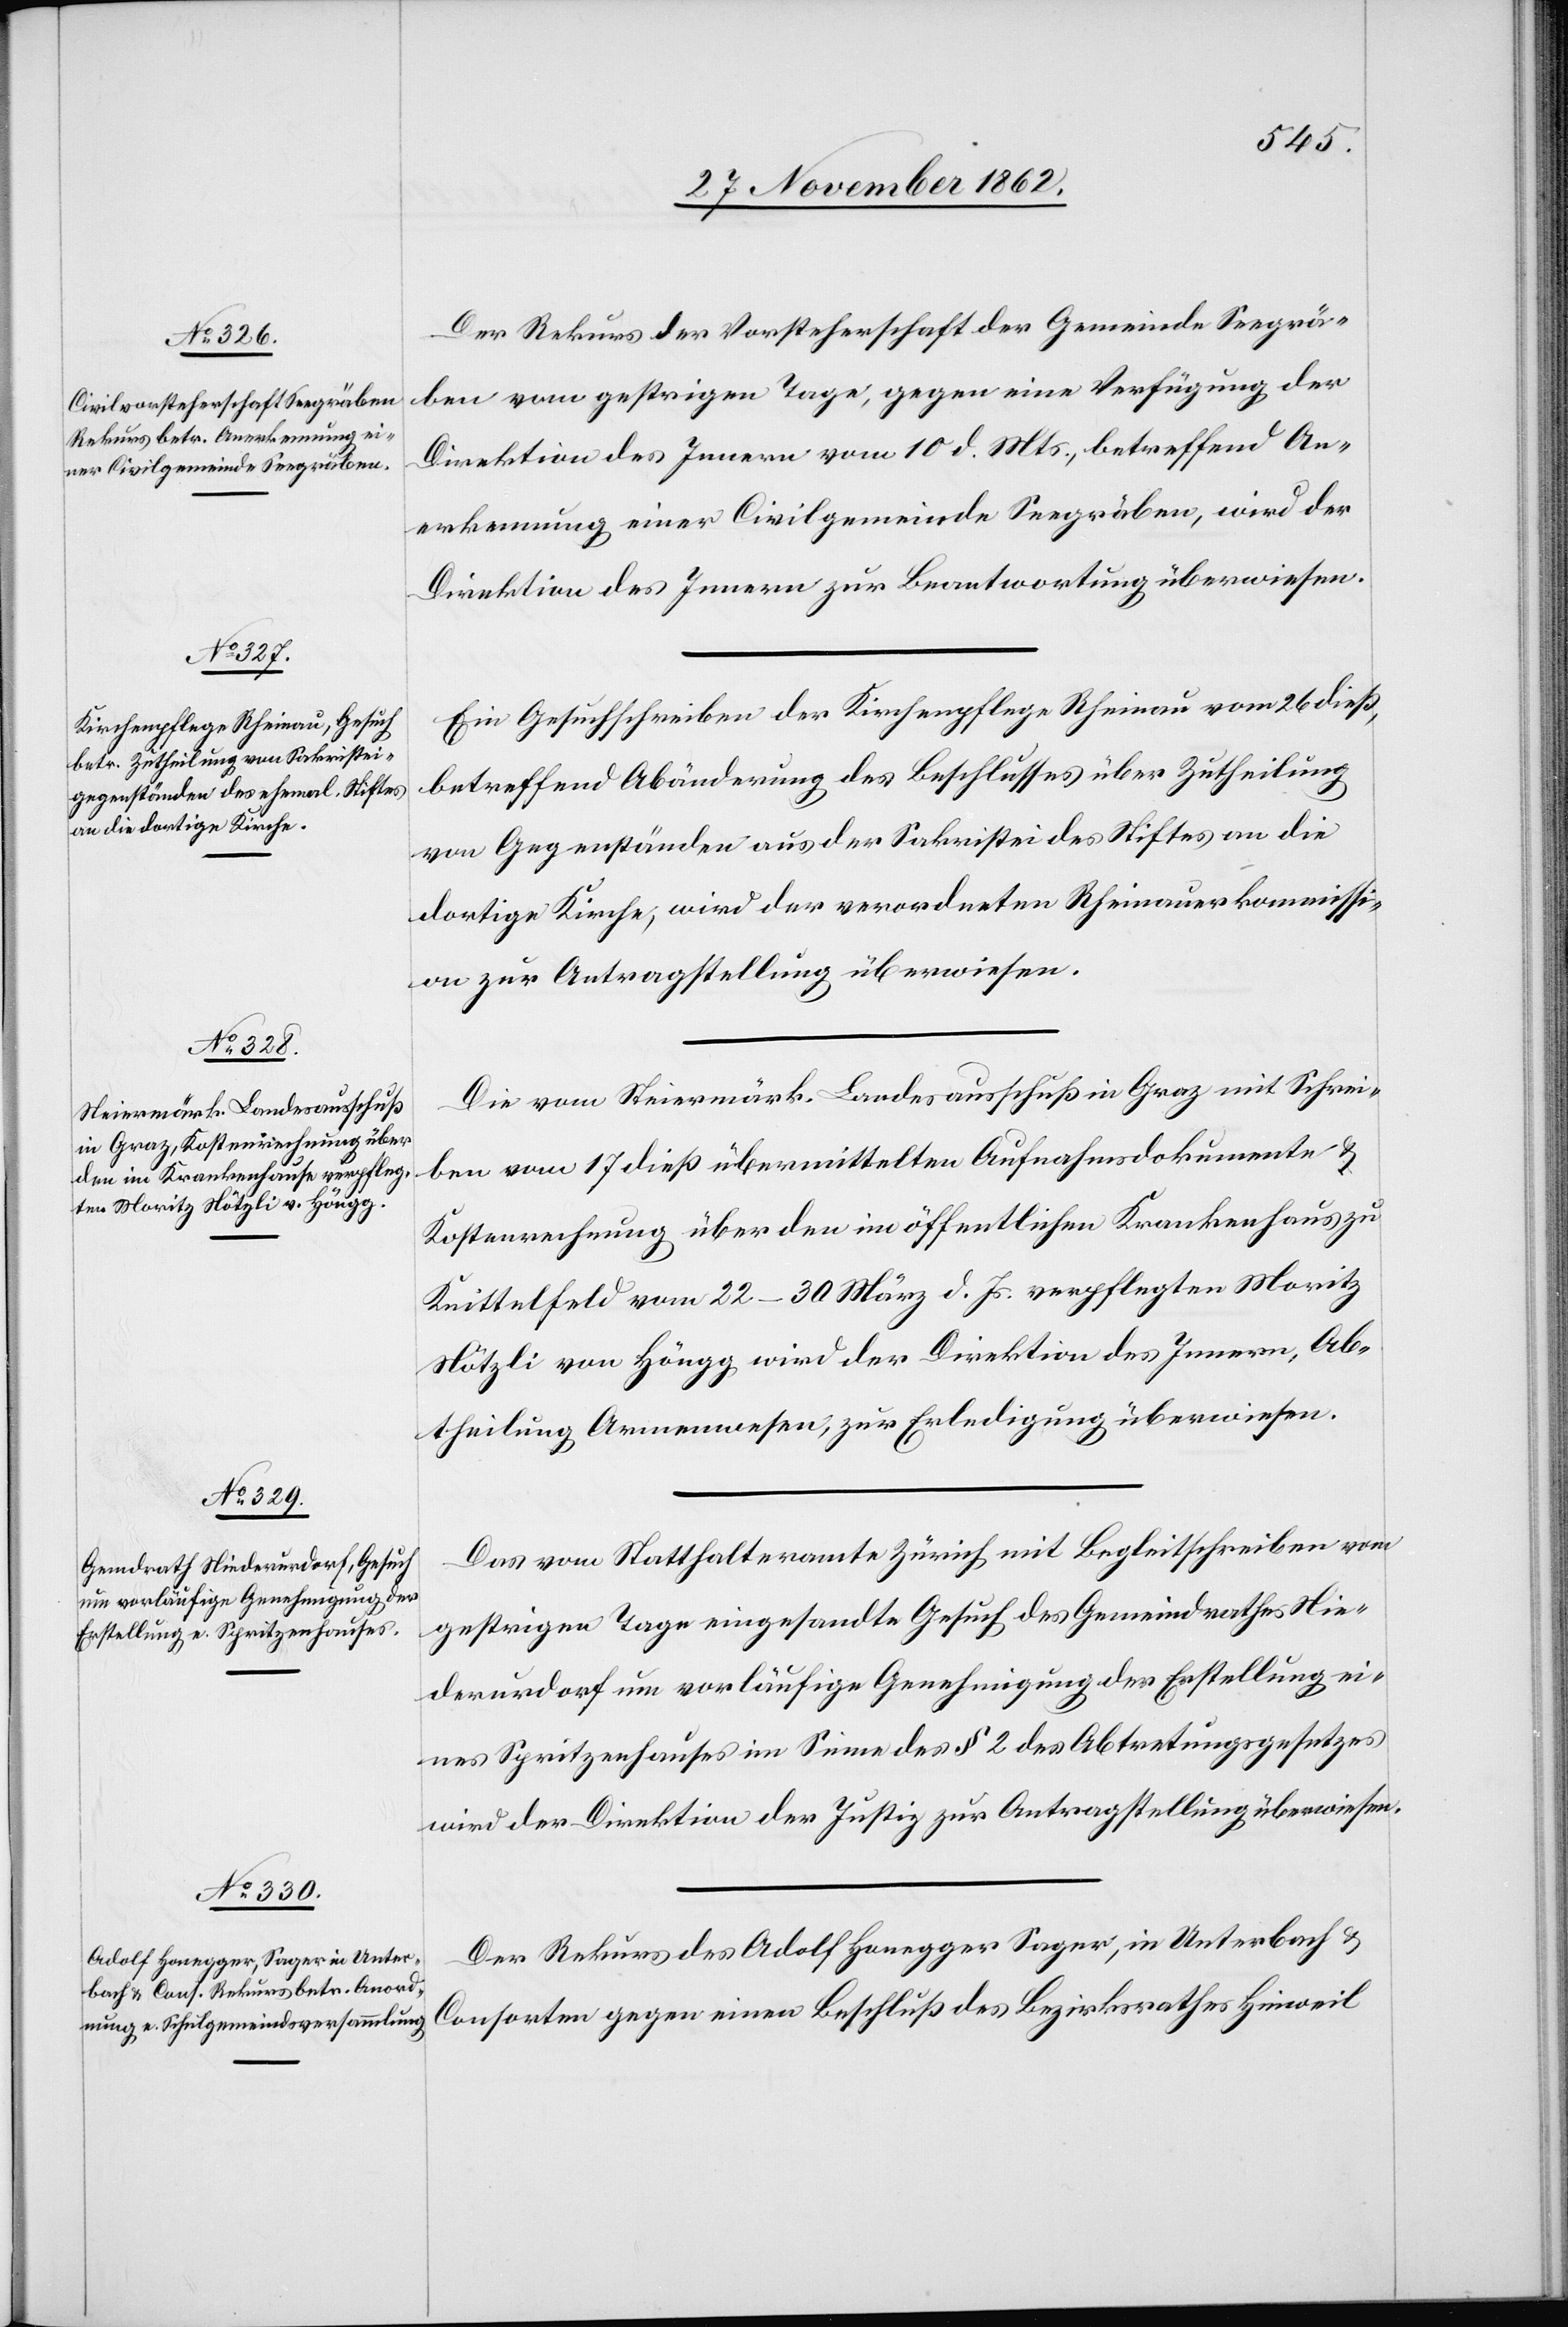
28. November 1862.]
Der Rekurs der Vorsteherschaft der Gemeinde Seegrä¬
ben vom gestrigen Tage, gegen eine Verfügung der
Direktion des Innern vom 10. d. Mts., betreffend An¬
erkennung einer Civilgemeinde Seegräben, wird der
Direktion des Innern zur Beantwortung überwiesen.
Ein Gesuchschreiben der Kirchenpflege Rheinau vom 26. dieß,
betreffend Abänderung des Beschlusses über Zutheilung
von Gegenständen aus der Sakristei des Stiftes an die
dortige Kirche, wird der verordneten Rheinauerkommissi¬
on zur Antragstellung überwiesen.
Die vom Steiermärk. Landesausschuß in Graz mit Schrei¬
ben vom 17. dieß übermittelten Aufnahmsdokumente u.
Kostenrechnung über den im öffentlichen Krankenhaus zu
Knittelfeld vom 22–30. März d. Js. verpflegten Moritz
Nötzli von Höngg wird der Direktion des Innern, Ab¬
theilung Armenwesen, zur Erledigung überwiesen.
Das vom Statthalteramte Zürich mit Begleitschreiben vom
gestrigen Tage eingesandte Gesuch des Gemeindrathes Nie¬
derurdorf um vorläufige Genehmigung der Erstellung ei¬
nes Spritzenhauses im Sinne des § 2 des Abtretungsgesetzes
wird der Direktion der Justiz zur Antragstellung überwiesen.
Der Rekurs des Adolf Honegger Sager, in Unterbach u.
Consorten gegen einen Beschluß des Bezirksrathes Hinweil